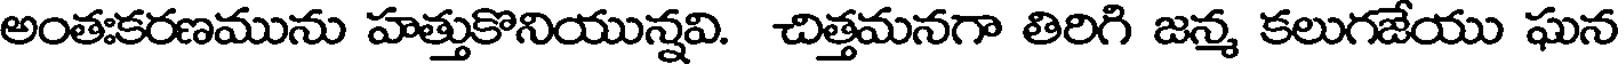
అంతఃకరణమును హత్తుకొనియున్నవి. చిత్తమనగా తిరిగి జన్మ కలుగజేయు ఘన